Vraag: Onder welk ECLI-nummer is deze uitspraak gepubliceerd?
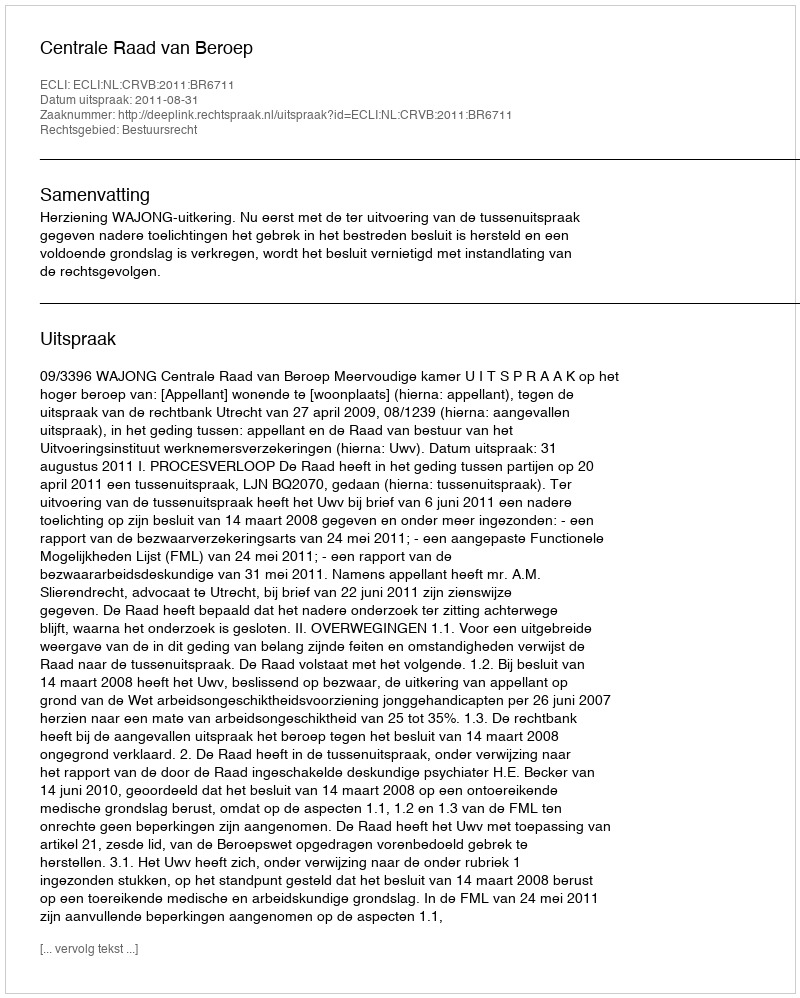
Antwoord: ECLI:NL:CRVB:2011:BR6711